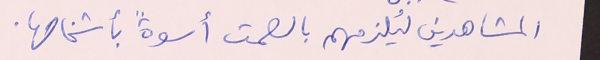
المشاهدين ليُلزمهم بالصمت أسوةً بأشخاصها.